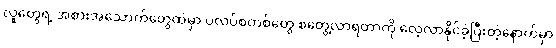
လူတွေရဲ့ အစားအသောက်တွေထဲမှာ ပလပ်စတစ်တွေ စတွေ့လာရတာကို လေ့လာနိုင်ခဲ့ပြီးတဲ့နောက်မှာ